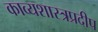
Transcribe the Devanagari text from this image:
काव्यशास्त्रप्रदीप